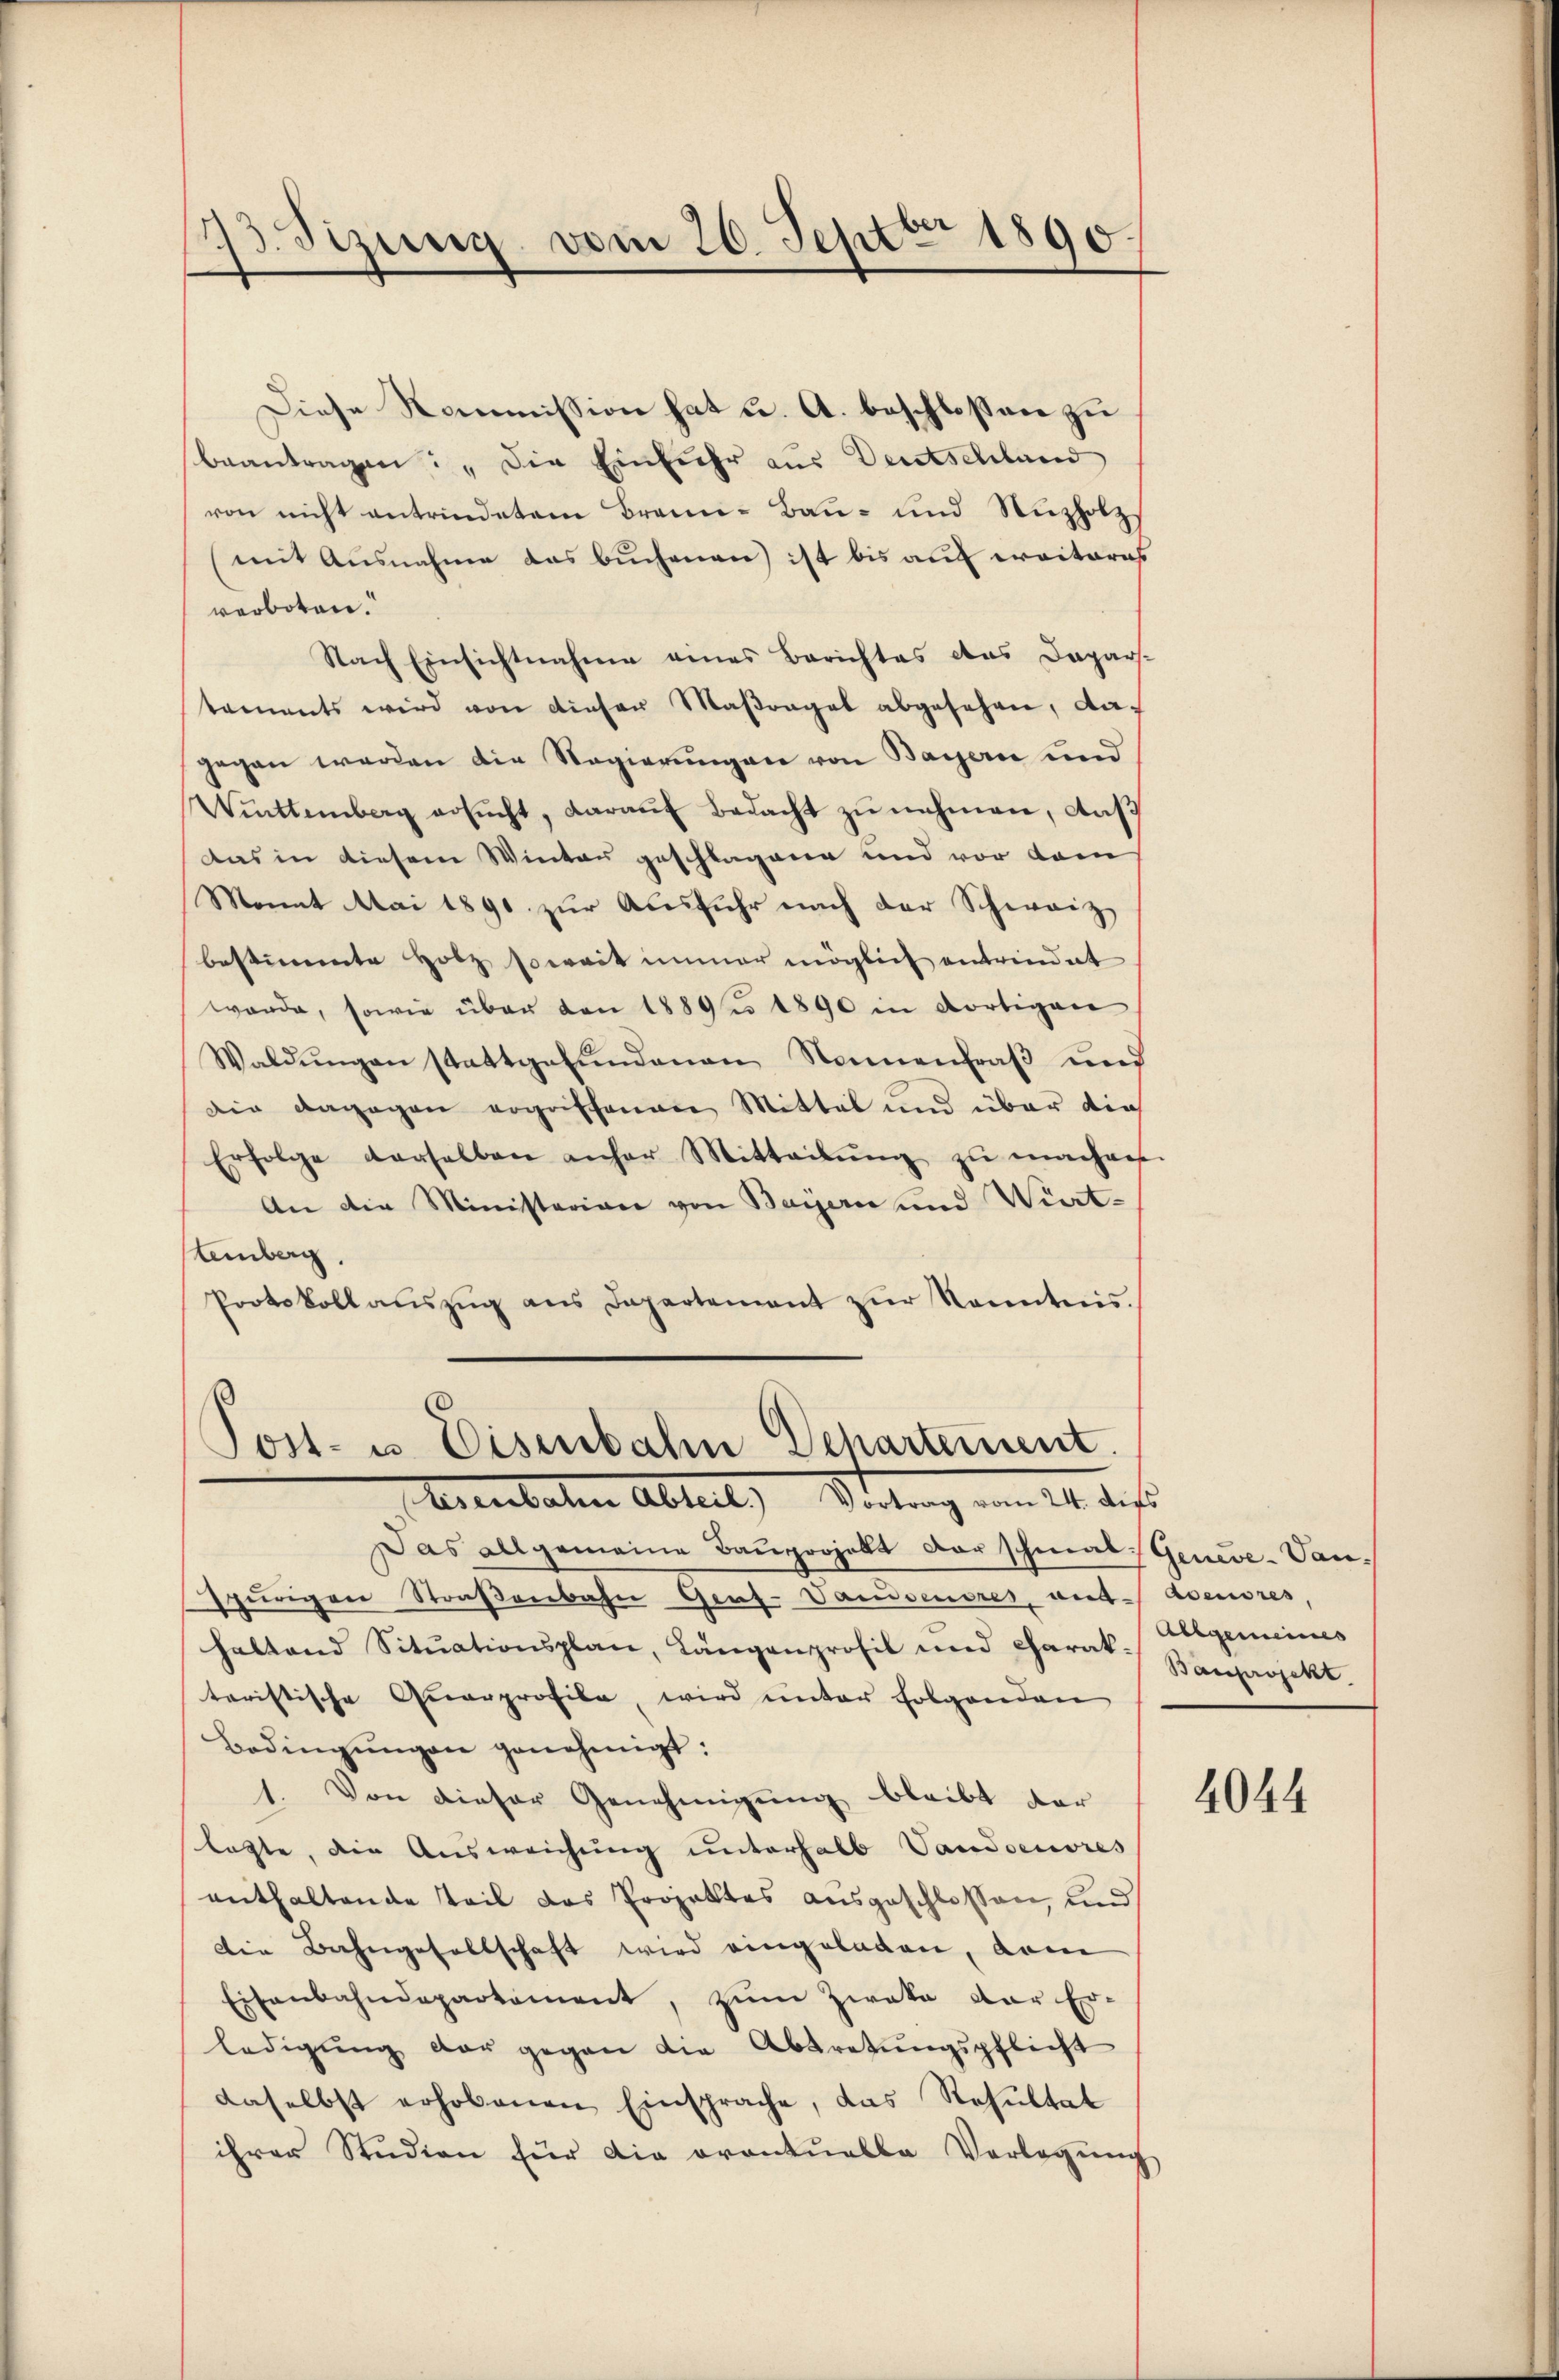
Diese Kommission hat u. A. beschlossen zu
beantragen: „Die Einfuhr aus Deutschland
von nicht antrindetem Brann-Bau- und Nuzholzs
mit Ausnahme das buchenen ist bis auf erritores
verboten.
Nach Einsichtnahme eines Berichtes das Dapars.
tements wird von dieser Maßregel abgesehen, dagegen werden die Regierungen von Bayern und
Württemberg ersŭcht, darauf Bedacht zu nehmen, aus
Das in diesem Winter geschlagene und vor dam
Monat Mai 1890 zur Ausfuhr nach der Schweiz
bestimmte Holz soweit immer möglich antrindet
werde, sowie über den 1889 1890 in dortigen
Waldŭngen stattgefŭndenen Namenfraβ ŭnd
Die dagegen ergriffenen Mittel und über dies
Erfolge derselben anher Mitteilŭng zŭ machen.
An die Ministerian von Baiern und Wirt-
teinberg.
Protokoll aŭszŭg ans Departement zŭr Kenntnis.

73. Sizung vom 26. Septbr 1890.

Post- u. Eisenbahn Departement.
Ererbalen Abteil) Statung vom 14. des

Das allgemeine Bauprojekt der schmal, Geneve-Van¬
Epurigen Straßenbahn Graf- Vanidensres, ant. Abendres,
haltend Sitŭationsplan, Langenprofil und Charak Bauprojekt.
teristische Qŭarprofile, wird ŭnter folgenden
Bedingŭngen genehmigt:
1. Von dieser Genehmigung bleibt der
latte, die Ausweichung unterhalb Vandsenores
enthaltende Teil das Projektes ausgeschlossen, und
Die Bahngesellschaft wird eingeladen, dam
Eisenbahndepartement, zŭm Zweke der Er-
ledigŭng der gegen die Abtretŭngspflicht
daselbst erhobenen Einsprache, das Resultat
ihrer Studien für die eventuelle Verlegŭng

Abegemeines

4044